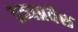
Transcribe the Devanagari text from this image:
द्रव्यप्रवेश